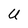
Character: U